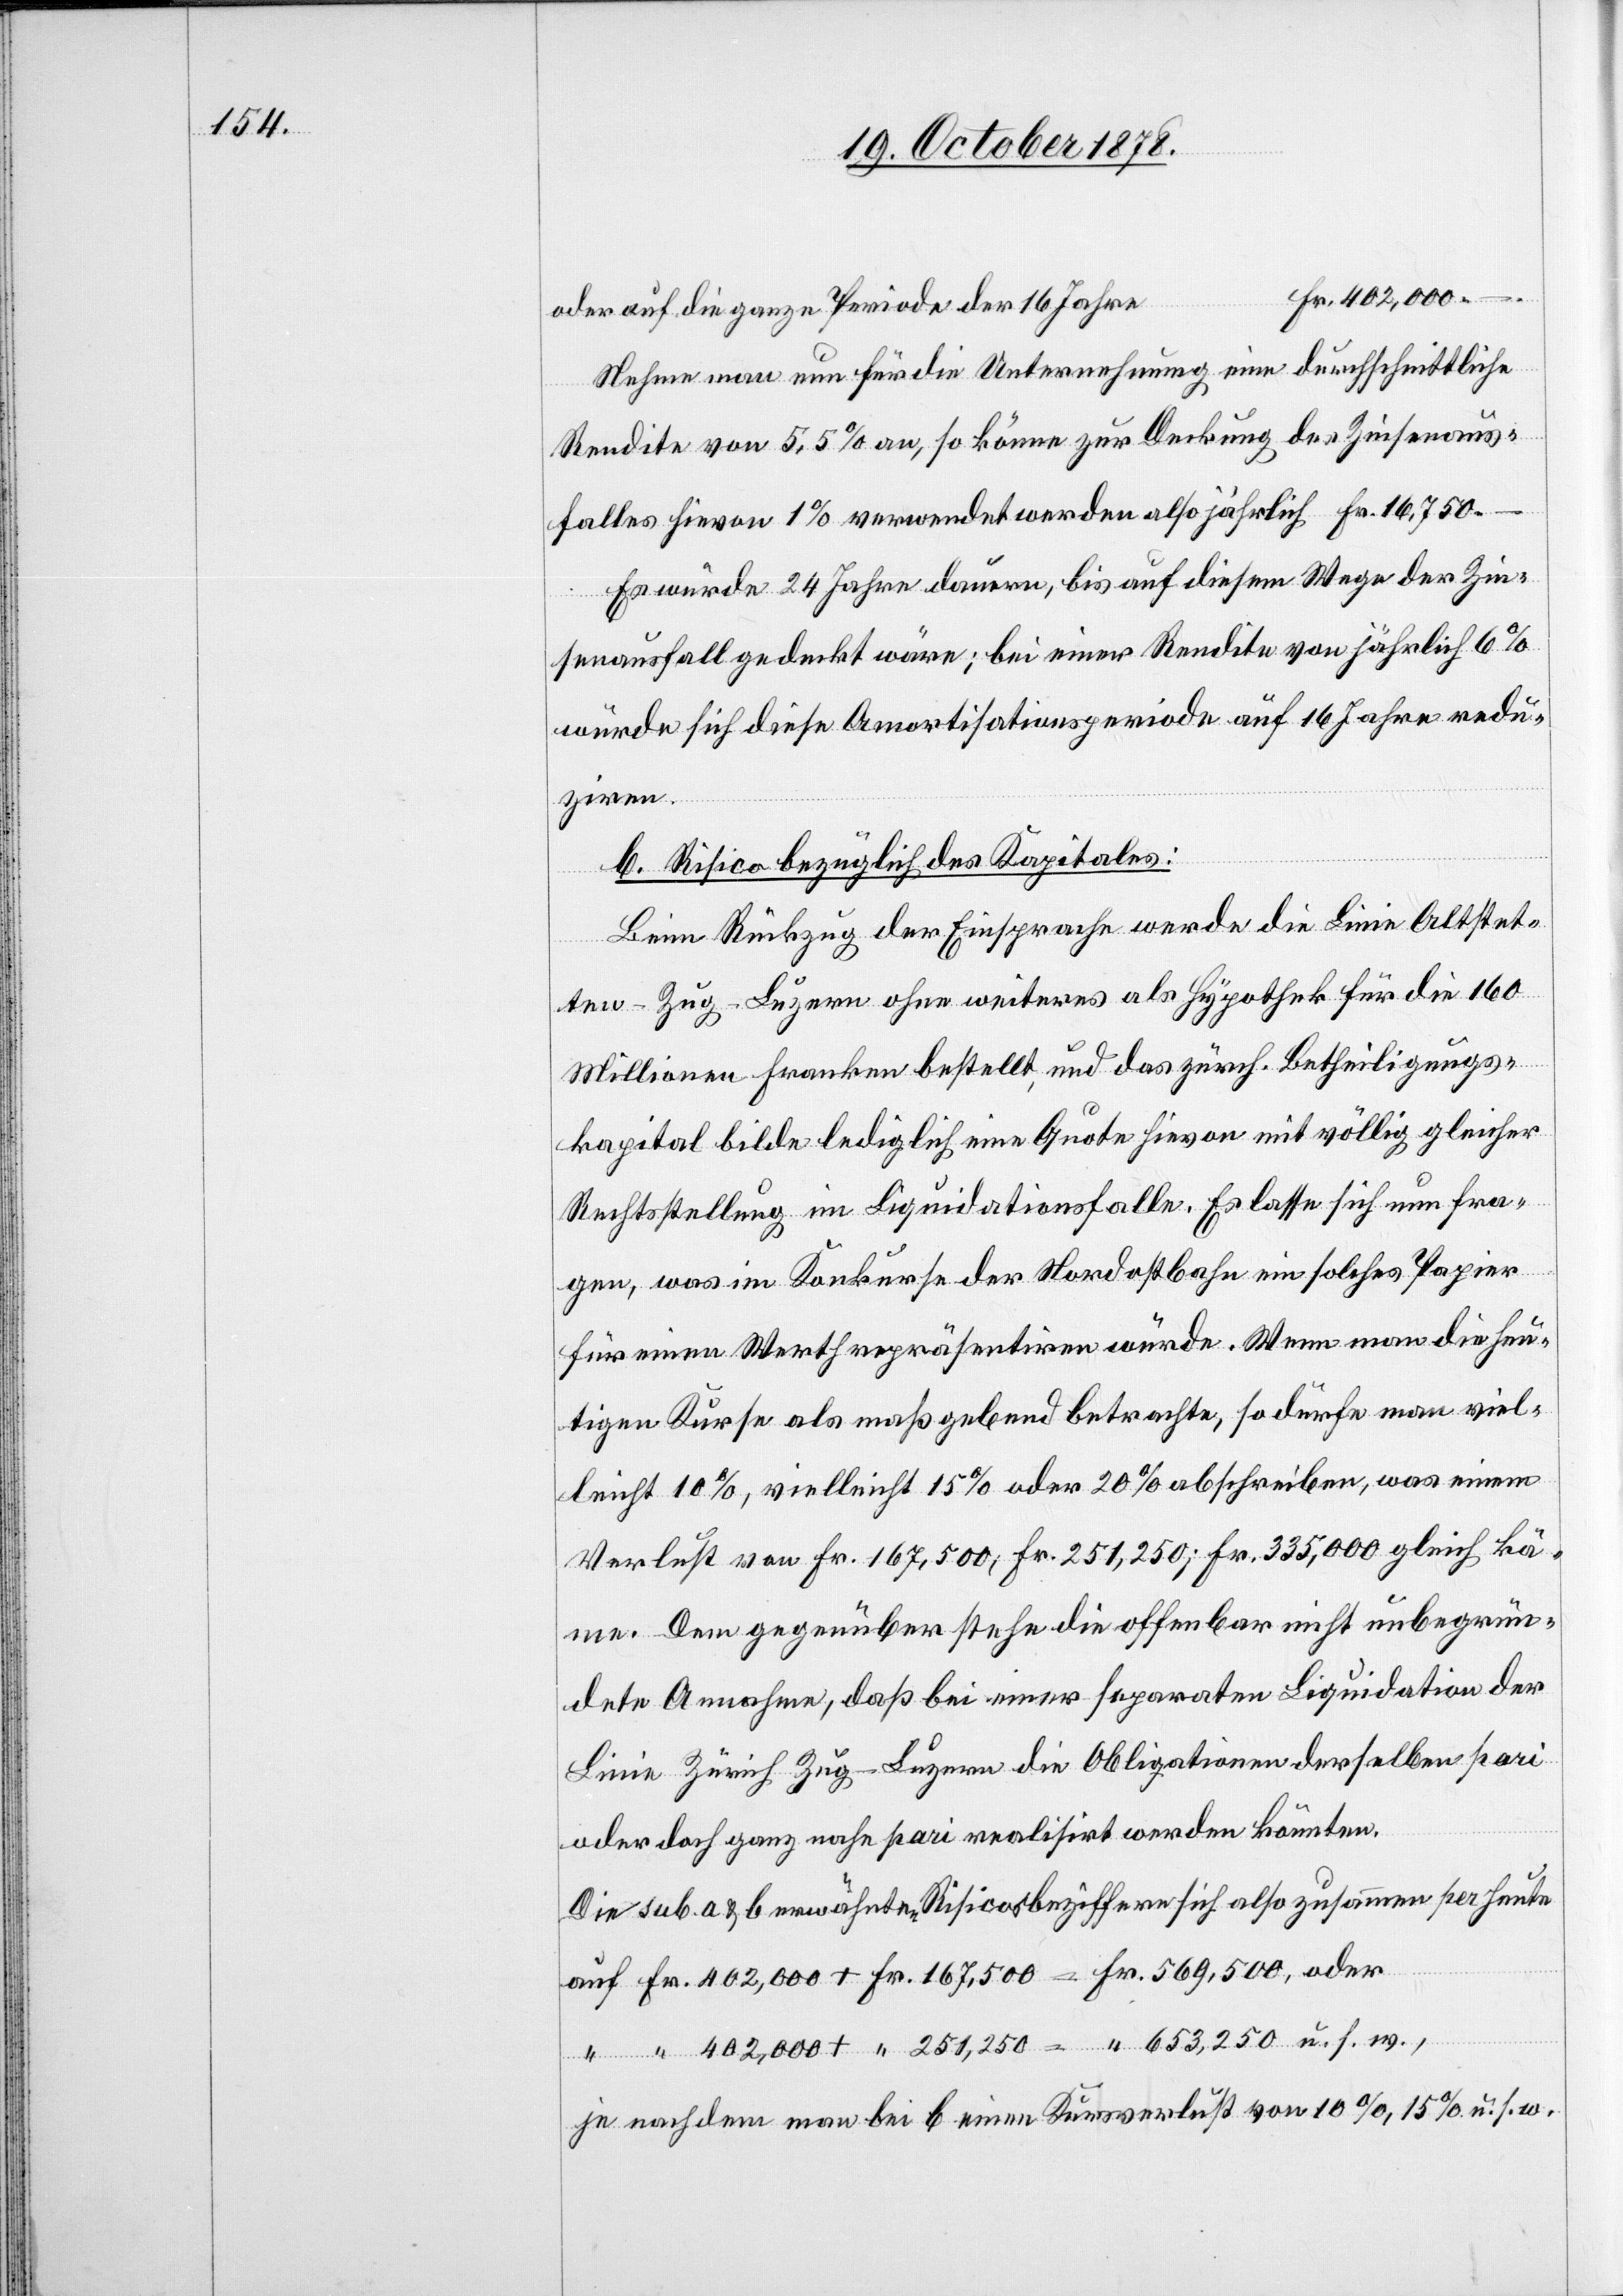
Fr. 402,000.–.
oder auf die ganze Periode der 16 Jahre
Nehme man nun für die Unterrechnung eine durchschnittliche
Rendite von 5,5% an, so könne zur Deckung des Zinsenaus¬
falles hievon 1% verwendet werden also jährlich Fr. 16,750.–
Es würde 24 Jahre dauern, bis auf diesem Wege der Zin¬
senausfall gedeckt wäre; bei einer Rendite von jährlich 6%
würde sich diese Amortisationsperiode auf 16 Jahre redu¬
ziren.
b. Risico bezüglich des Kapitales:
Beim Rückzug der Einsprache werde die Linie Altstet¬
ten–Zug–Luzern ohne weiteres als Hypothek für die 160
Millionen Franken bestellt, und das zürch. Betheiligungs¬
kapital bilde lediglich eine Quote hievon mit völlig gleicher
Rechtstellung im Liquidationsfalle. Es lasse sich nun fra¬
gen, was im Konkurse der Nordostbahn ein solches Papier
für einen Werth repräsentiren würde. Wenn man die heu¬
tigen Kurse als maßgebend betrachte, so dürfe man viel¬
leicht 10%, vielleicht 15% oder 20% abschreiben, was einen
Verlust von Fr. 167,500, Fr. 251,250; Fr. 335,000 gleich kä¬
me. Dem gegenüber stehe die offenbar nicht unbegrün¬
dete Annahme, daß bei einer separaten Liquidation der
Linie Zürich–Zug–Luzern die Obligationen derselben pari
oder doch ganz nahe pari realisirt werden könnten.
Die sub. a & b. erwähnten Risicos beziffern sich also zusammen per heute
auf Fr. 402,000 + Fr. 167,500 = Fr. 569,500, oder
“ “ 402,000 + “ 251,250 = “ 653,250 u. s. w.,
je nachdem man bei b einen Kursverlust von 10%, 15% u. s. w.